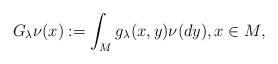
LaTeX: \begin{align*}G_\lambda \nu(x):=\int_Mg_\lambda(x,y)\nu(dy),x\in M,\end{align*}